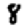
Digit: 8